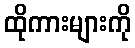
ထိုကားများကို